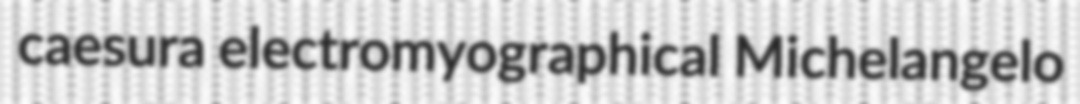
caesura electromyographical Michelangelo